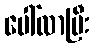
ပေါ်လာပြီး